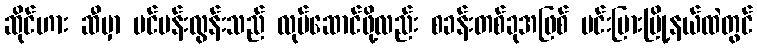
ဆိုင်ဟား ဆီမှာ ပင်ပန်းလွန်းသည် လုပ်ဆောင်ဖို့လည်း စခန်းတစ်ခုအဖြစ် မင်းပြားမြို့နယ်ထဲတွင်